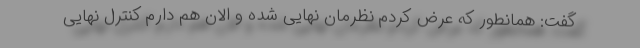
گفت: همانطور که عرض کردم نظرمان نهایی شده و الان هم دارم کنترل نهایی